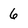
Character: 6